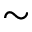
\sim